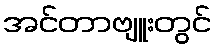
အင်တာဗျူးတွင်